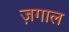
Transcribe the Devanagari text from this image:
ज़गाल